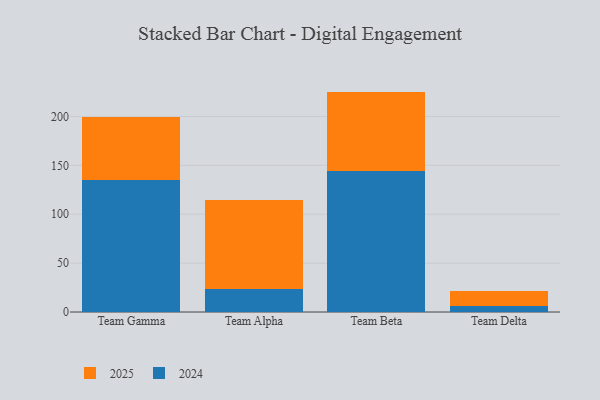
{"axis": {"x": "Team", "y": "Net Income (USD K)"}, "legend": ["2024", "2025"], "data": [{"x": "Team Gamma", "y": 64.0, "type": "2025"}, {"x": "Team Gamma", "y": 135.2, "type": "2024"}, {"x": "Team Alpha", "y": 91.6, "type": "2025"}, {"x": "Team Alpha", "y": 23.3, "type": "2024"}, {"x": "Team Beta", "y": 80.9, "type": "2025"}, {"x": "Team Beta", "y": 144.5, "type": "2024"}, {"x": "Team Delta", "y": 14.6, "type": "2025"}, {"x": "Team Delta", "y": 6.6, "type": "2024"}]}